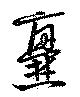
爨